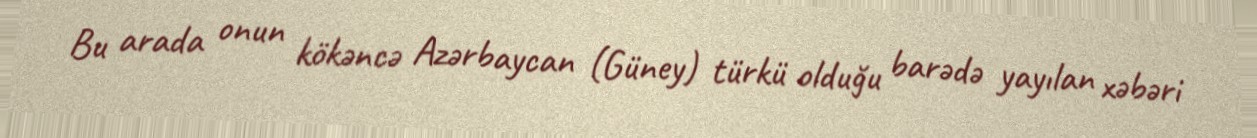
Bu arada onun kökəncə Azərbaycan (Güney) türkü olduğu barədə yayılan xəbəri